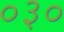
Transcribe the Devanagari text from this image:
०३०